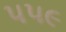
૫૫૯